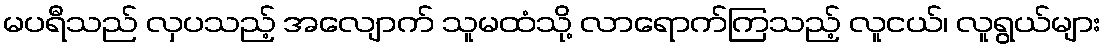
မပရီသည် လှပသည့် အလျောက် သူမထံသို့ လာရောက်ကြသည့် လူငယ်၊ လူရွယ်များ